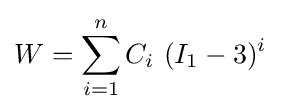
W=\sum _{i=1}^{n}C_{i}~(I_{1}-3)^{i}~